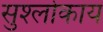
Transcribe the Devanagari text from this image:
सुश्लोकाय